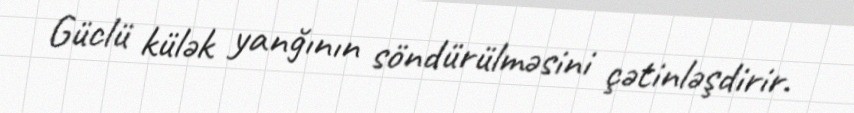
Güclü külək yanğının söndürülməsini çətinləşdirir.